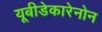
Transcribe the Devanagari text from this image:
यूबीडेकारेनोन